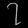
Digit: ၇